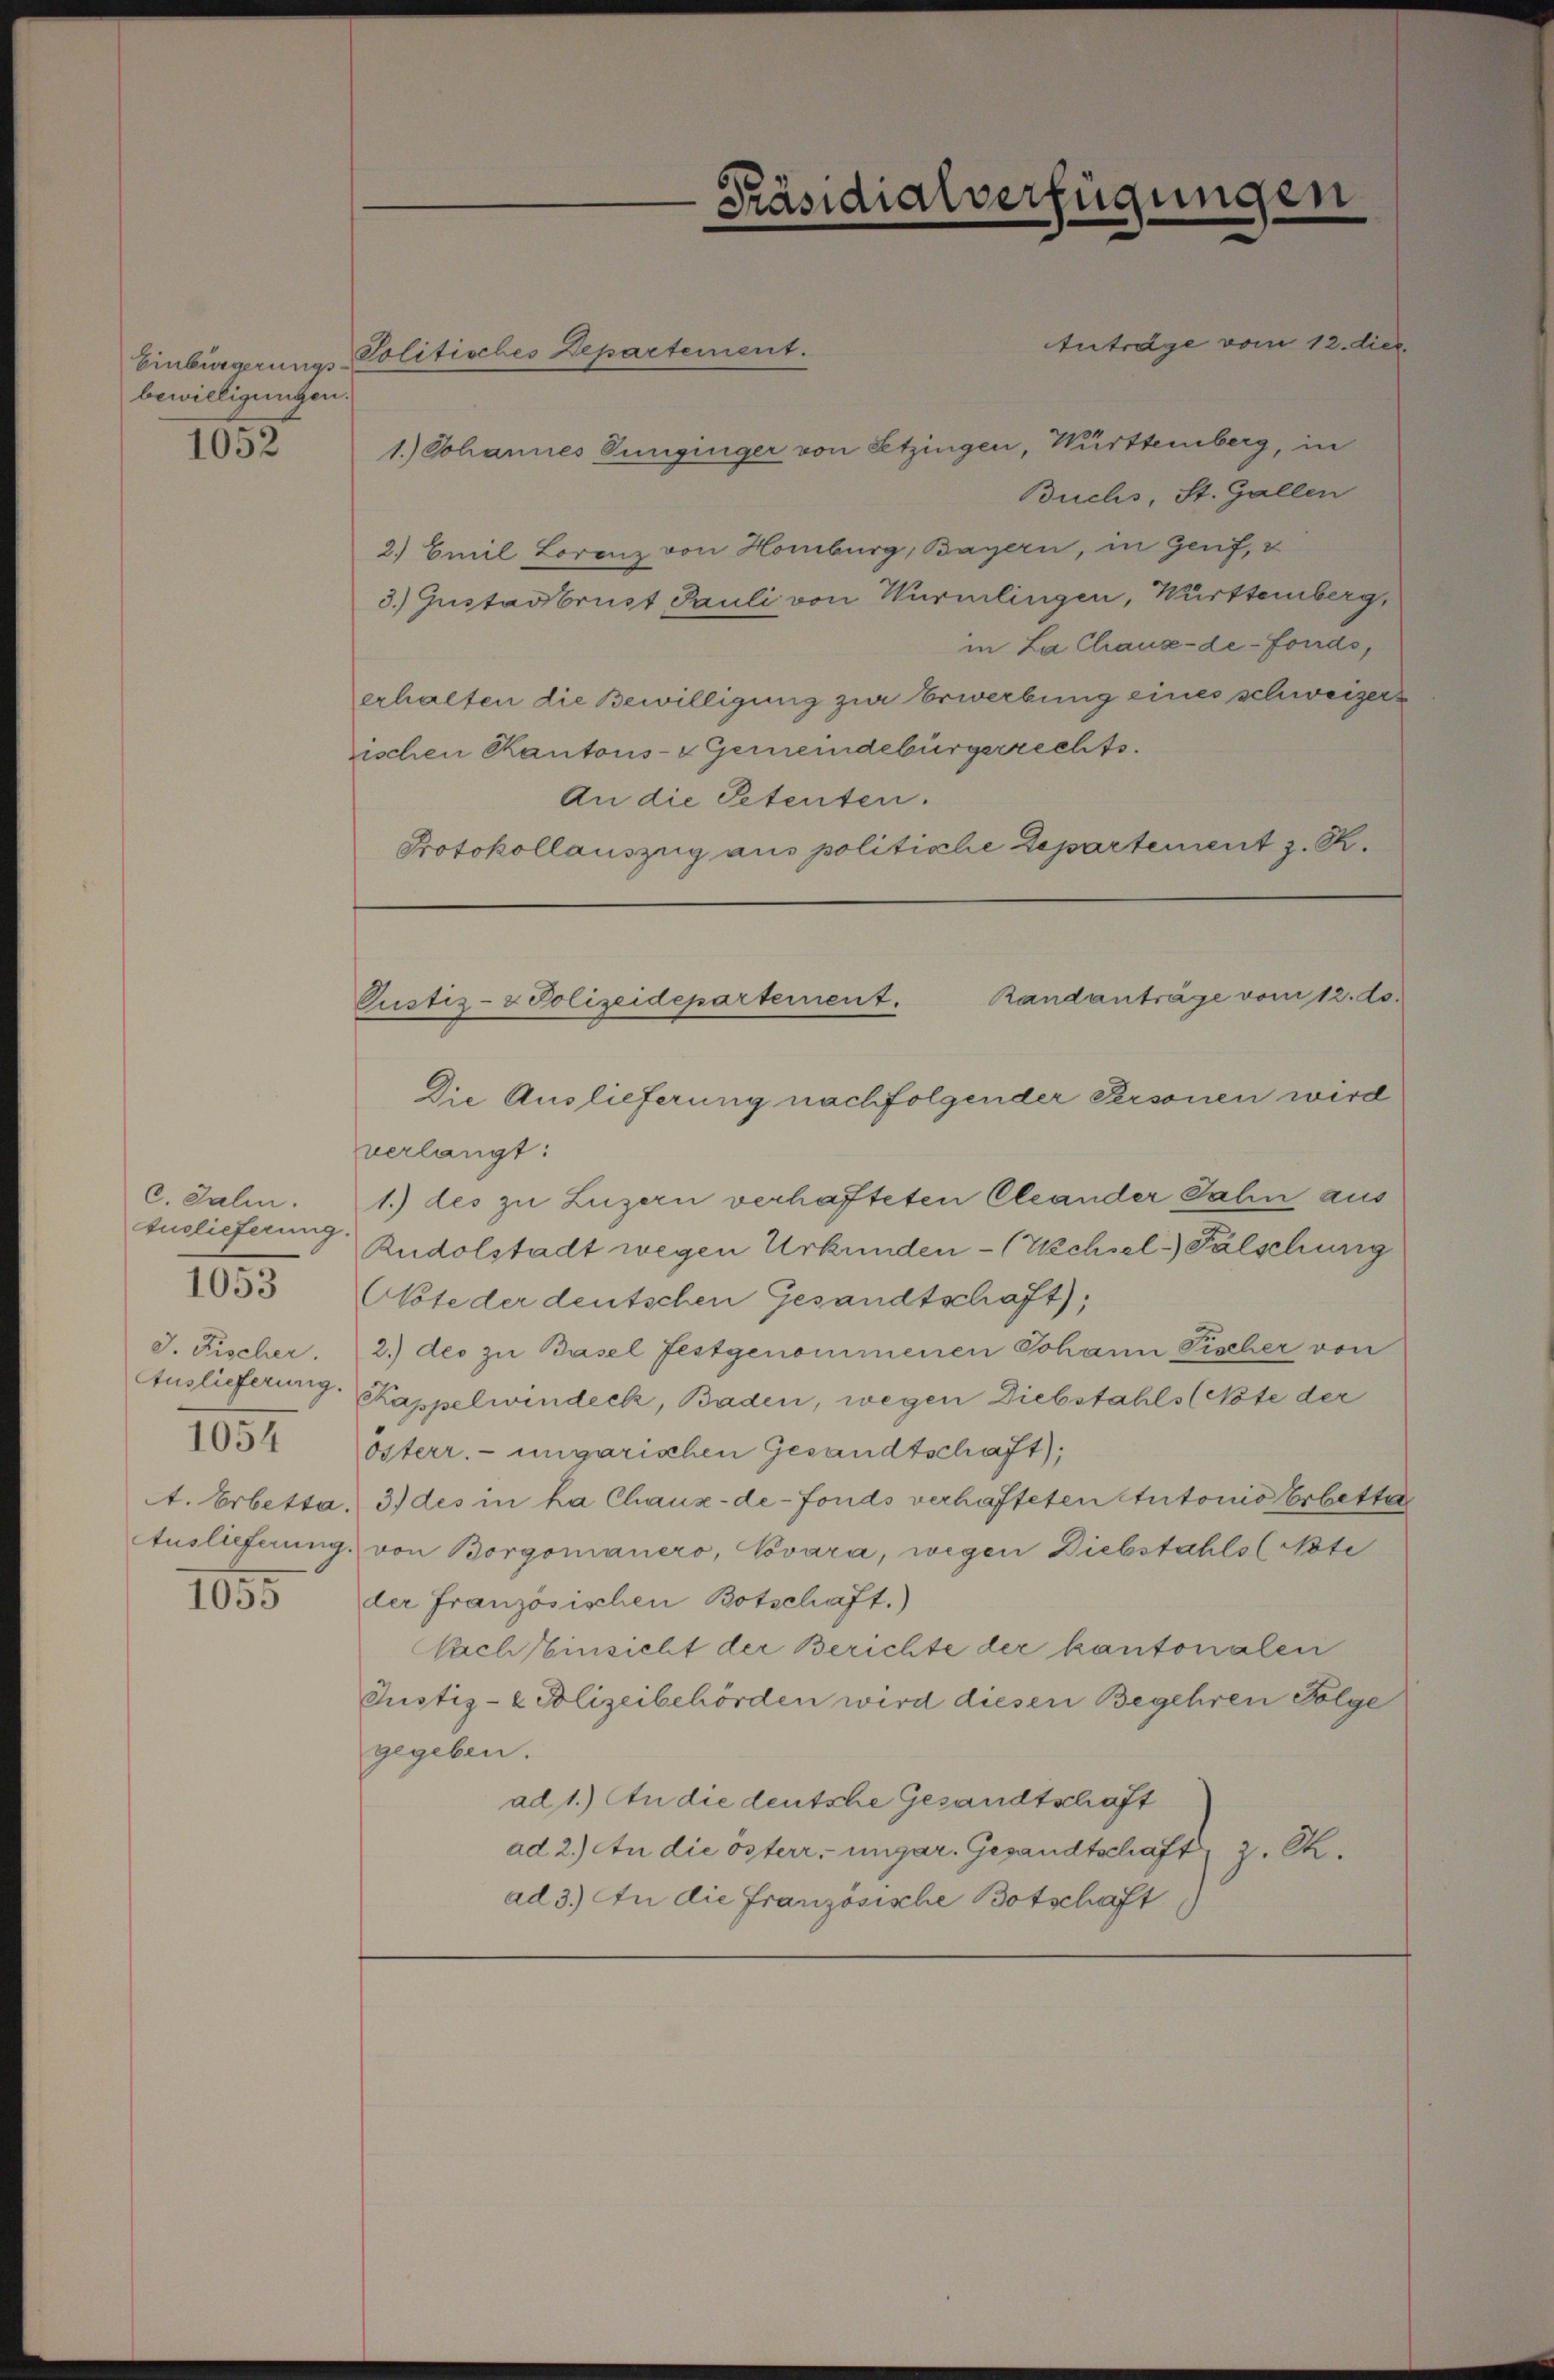
bewilligungen.

1052

C. Salin.
Auslieferung.
J. Fischer.
1054
A. Erbetta.
1055

1053

Antrage vom 12. dies
Einbürgerungs- Politisches Departement.
1.) Johannes Dünginger von Setzingen, Württemberg, in
Buchs, St. Gallen
2.) Emil Lorenz von Homburg, Bayern, in Genf, v
3.) Instadbrust Pauli von Würmlingen, Württemberg,
in La Chaux-de-Fonds,
erhalten die Bewilligung zur Erwerbung eines schweizerischen Kantons- & Gemeindebürgerrechts.
An die Petenten.
Protokollauszug aus politische Departement z. R.

Präsidialverfügungen

Randanträge vom 12. ds.
Pustiz- & Polizeidepartement.
Die Auslieferung nachfolgender Personen wird

verlangt:
1.) des zu Luzern verhafteten Cleander Jahn aus
Rudolstadt wegen Urkunden - (Wechsel-Fälschung
Note der deutschen Gesandtschaft),
2.) des zu Basel festgenommenen Johann Fischer von
Auslieferung. Kappelwindeck, Baden, wegen Diebstahls (Note der
Österr. ungarischen Gesandtschaft),
3) des in ha Chaux-de-Fonds verhafteten Autonio Erbette
Auslieferung von Borgomanero, Vovara, wegen Diebstahls (Nste
der Französischen Botschaft.)
Nach Einsicht der Berichte der kantonalen
Justiz- & Polizeibehörden wird diesen Begehren Folge
gegeben.
ad 1.) An die deutsche Gesandtschaft
ad 2.) An die österr. ungar. Gesandtschaft u. Ch.
ad 3.) An die Französische Botschaft